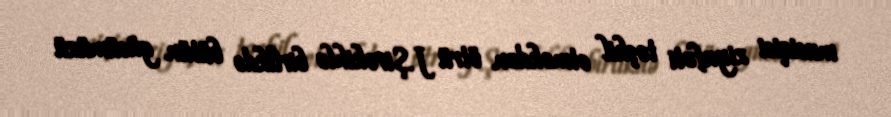
musiqisi ziyafəti təşkil etməkdən ötrü J.Şirokihlə birlikdə bütün gücümüzü